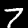
Label: 7